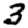
Digit: 3